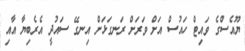
ޔޫއެސްގެ ވައިޓް ހައުސް އަށް ވަރަށް ރަނގަޅަށް އިނގޭ ސައުދީ އެރެބިޔާ އާއި